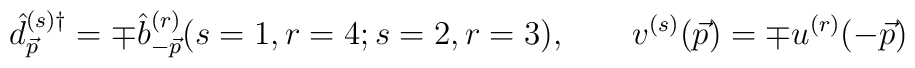
{\hat{d}}^{(s){\dag}}_{\vec{p}}=\mp{\hat{b}}^{(r)}_{-\vec{p}}(s=1,r=4;s=2,r=3), \qquad v^{(s)}(\vec{p})=\mp u^{(r)}(-\vec{p})